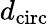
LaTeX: d_{\mathrm{circ}}